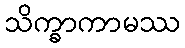
သိက္ခာကာမဿ